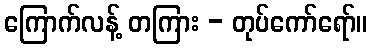
ကြောက်လန့် တကြား - တုပ်ကော်ရော်။